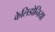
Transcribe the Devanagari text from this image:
केलिडोनिया